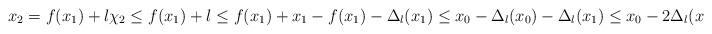
LaTeX: \begin{align*}x_2=f(x_1)+l\chi_2\le f(x_1)+l\le f(x_1)+x_1-f(x_1)-\Delta_l(x_1)\le x_0-\Delta_l(x_0)-\Delta_l(x_1)\le x_0-2\Delta_l(x_0).\end{align*}